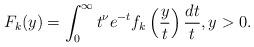
LaTeX: \begin{align*} F_k(y) = \int_0^{\infty} t^{\nu} e^{-t} f_k \left( \frac{y}{t} \right) \frac{dt}{t}, y > 0.\end{align*}